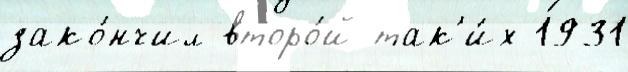
зако́нчил второ́й так'и́х 1931